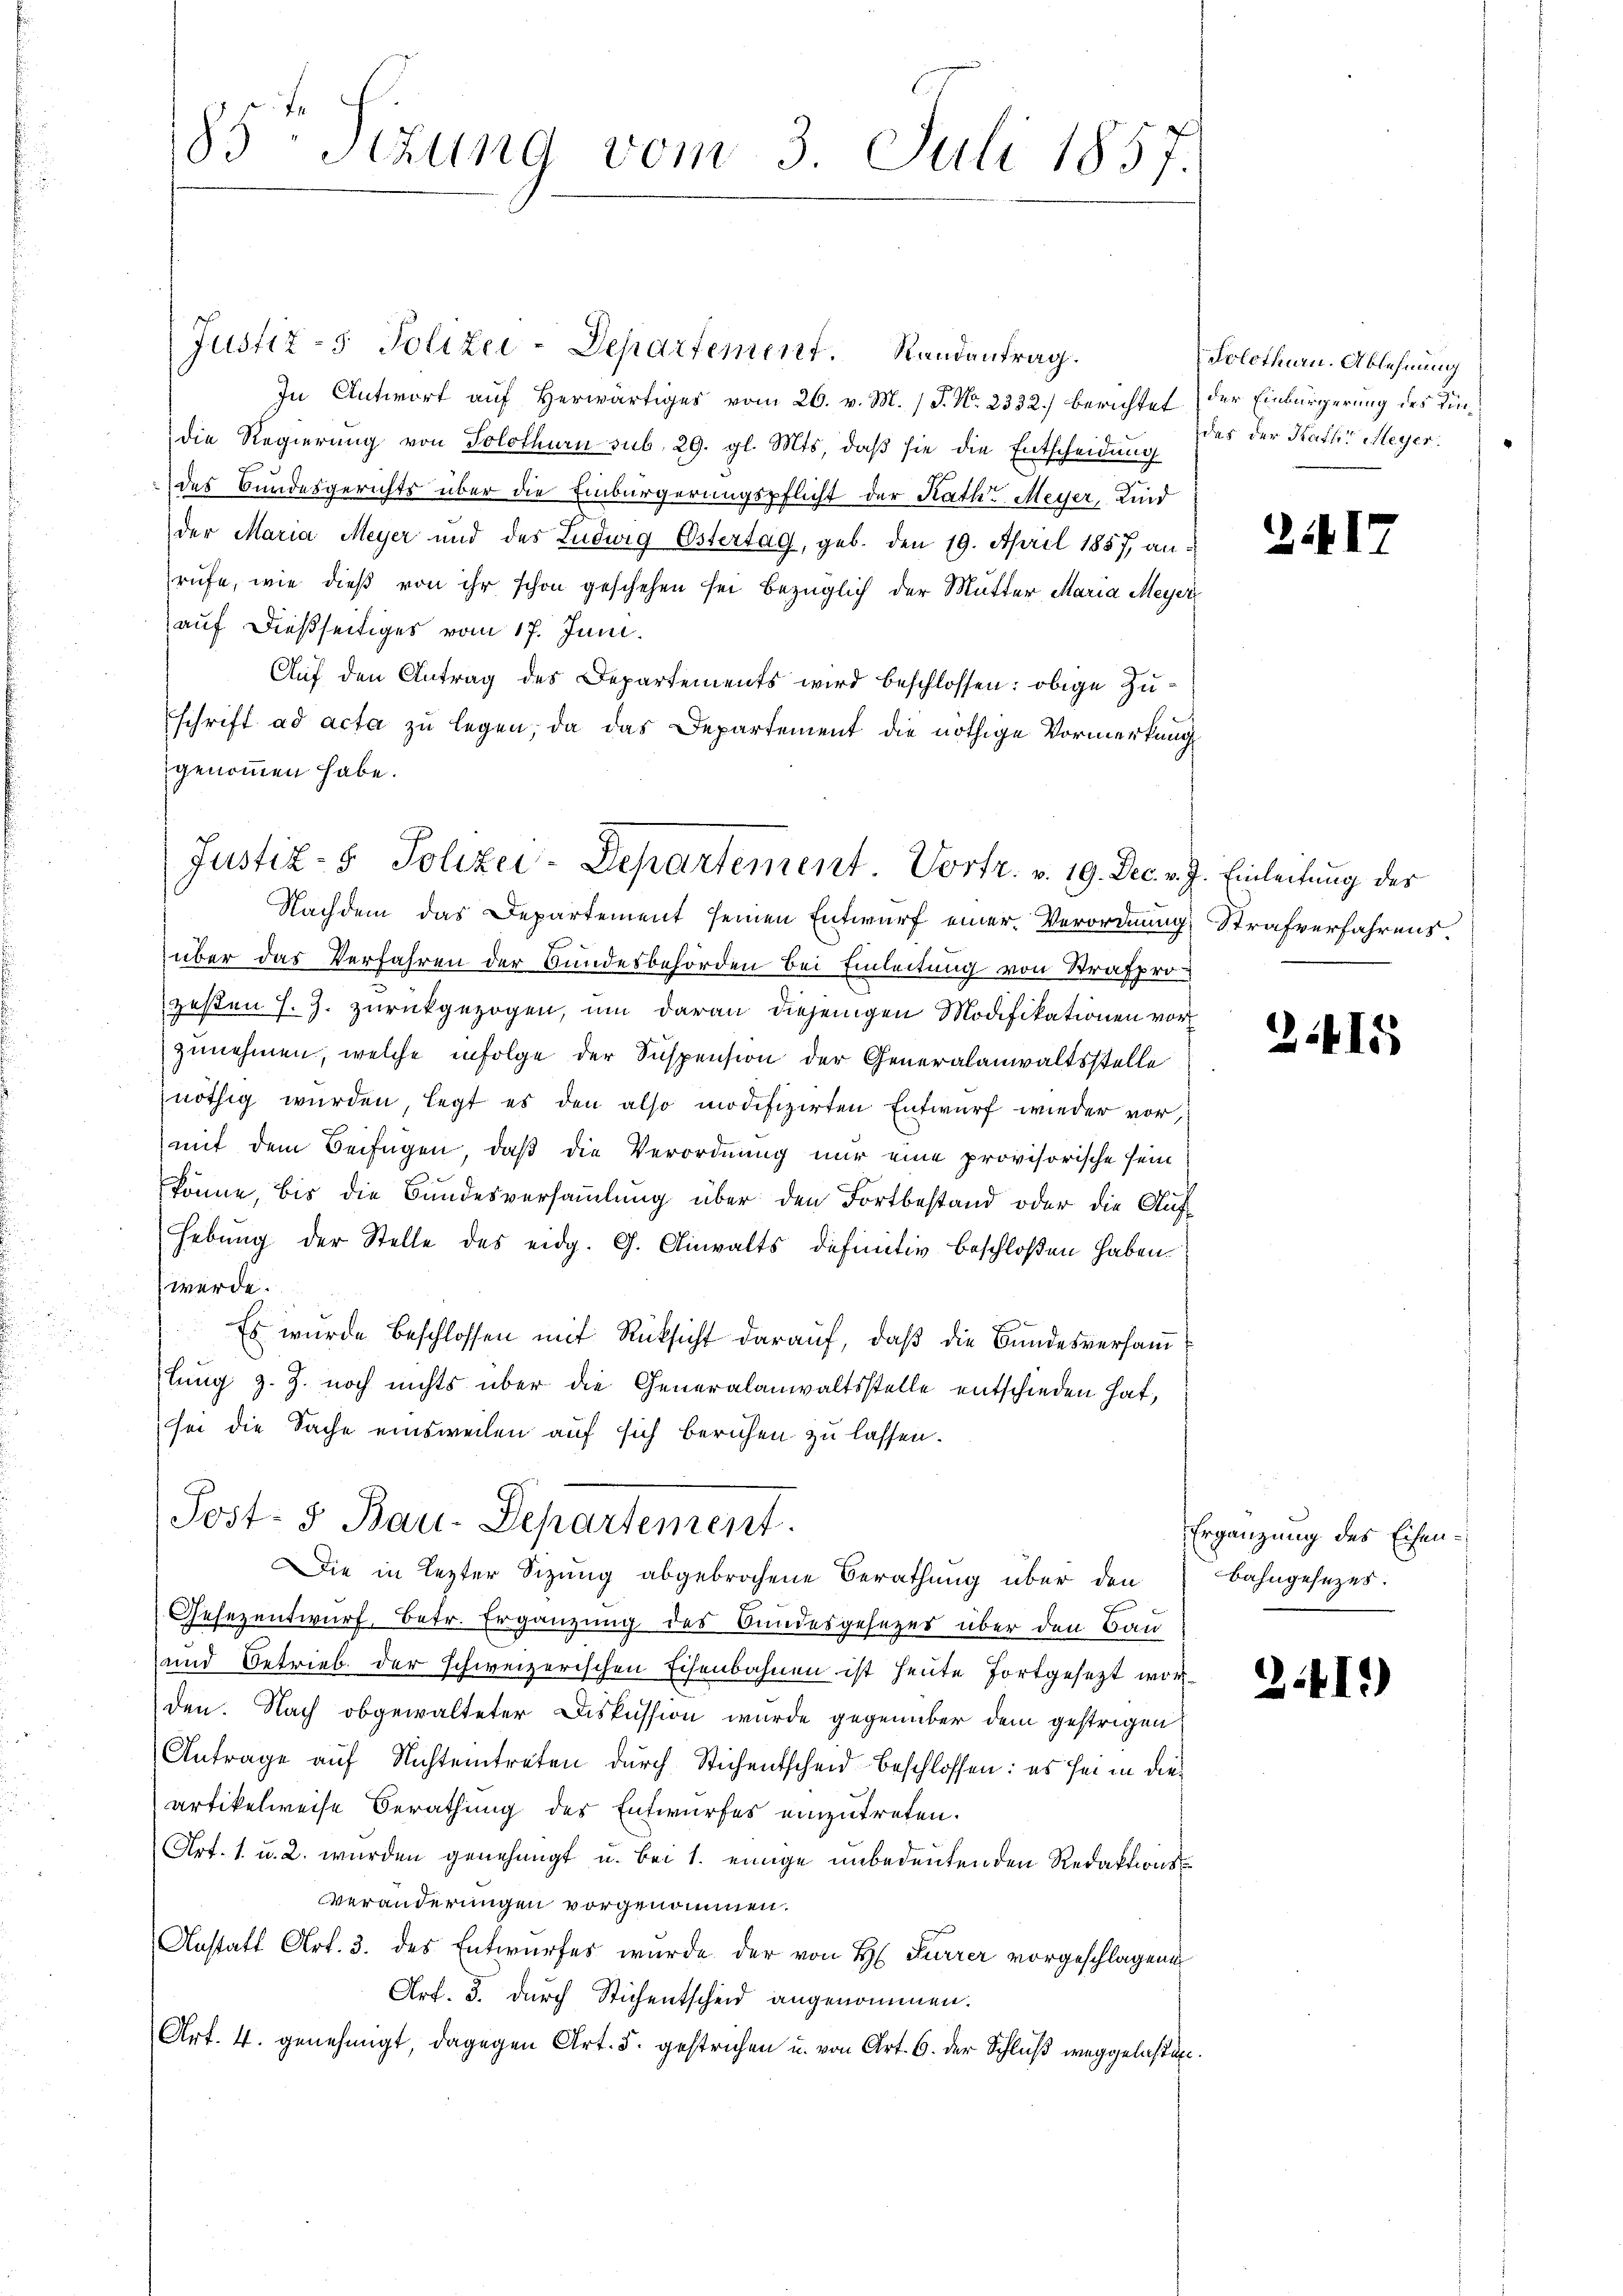
83 Sizung vom 3. Juli 1857.

Justiz- & Polizei-Departement. Randantrag.
In Antwort auf Herwärtiges vom 26. v. M. / P. Nr. 2332.) berichtet der Einbürgerung des Kindie Regierung von Solothurn sub. 29. gl. Mts, daß sie die Entscheidung
des Bundesgerichts über die Einbürgerungspflicht der Rath Meyer, Kind
der Maria Meyer und des Ludwig Östertag, geb. den 19. April 1857 anrufe, wie dieß von ihr schon geschehen sei bezüglich der Mutter Maria Meyer
auf dießseitiges vom 17. Juni.
Auf den Antrag des Departements wird beschlossen: obige Zuschrift ad acta zu legen, da das Departement die nöthige Vormerkung
genommen habe.

Justiz- & Polizei-Departement Vortr. v. 19. Dec. v. J. Einleitung des

Nachdem das Departement seinen Entwurf einer Verordnung Strafverfahrens.
über das Verfahren der Bundesbehörden bei Einleitung von Strafpro-
gesten J. Z. zurückgezogen, um daran diejenigen Modifikationen vorzunehmen, welche infolge der Suspension der Generalanwaltsstelle
nöthig wurden, legt es den also modifizirten Entwurf wieder vor,
mit dem Beifügen, daß die Verordnung nur eine provisorische sein
könne, bis die Bundesversammlung über den Fortbestand oder die Auf
Hebung der Stelle des eidg. G. Ainwalts definitiv beschloßen haben.
werde.
Es wurde beschlossen mit Rücksicht darauf, daß die Bundesversamlung z. Z. noch nichts über die Generalanwaltsstelle entschieden hat,
sei die Sache einsweilen auf sich beruhen zu lassen.
Post- 5. Bau-Departement.
Die in lezter Sitzung abgebrochene Berathung über den
Gesezentwurf, Betr. Ergänzung des Bundesgesezes über den Bau
und Betrieb der schweizerischen Eisenbahnen ist heute fortgesezt worden. Nach obgewalteter Diskussion wurde gegenüber dem gestrigen
Antrage auf Nichteintreten durch Stichentscheid beschlossen: es sei in die
artikelweise Berathung des Entwurfes einzutreten.
Art. 1. u. 2. wurden genehmigt u. bei 1. einige unbedeutenden Redaktions¬
Veränderungen vorgenommen.
Anstatt Art. 3. des Entwurfes wurde der von H. Furrer vorgeschlagene
Art. 3. durch Stichentscheid angenommen.
Art. 4. genehmigt, dagegen Art. 5. gestrichen u. von Art. 6. der Schluß weggelasten.

Solothurn. Ablehnung
das der Kather Meyer.

324

2:415

Ergänzung des Eisen¬
Bahngesezes:

3.41)